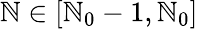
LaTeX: \mathbb{N}\in[\mathbb{N}_{0}-1,\mathbb{N}_{0}]